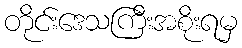
တိုင်းဒေသကြီးအစိုးရမှ